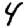
Digit: 4